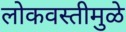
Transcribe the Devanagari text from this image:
लोकवस्तीमुळे